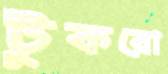
টুকরো